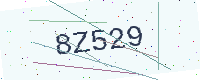
Text: 8Z529